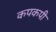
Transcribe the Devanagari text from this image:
कपकपी